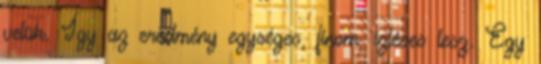
velük. Így az eredmény egységes, finom, ízléses lesz. Egy